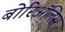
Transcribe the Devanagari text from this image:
बोरिॲलिस